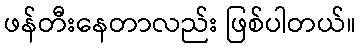
ဖန်တီးနေတာလည်း ဖြစ်ပါတယ်။